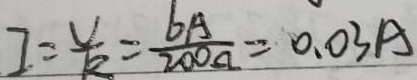
I = \frac { U } { R } = \frac { 6 A } { 2 0 0 \Omega } = 0 . 0 3 A